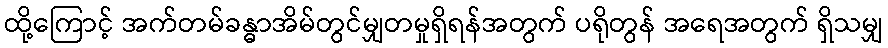
ထို့ကြောင့် အက်တမ်ခန္ဓာအိမ်တွင်မျှတမှုရှိရန်အတွက် ပရိုတွန် အရေအတွက် ရှိသမျှ